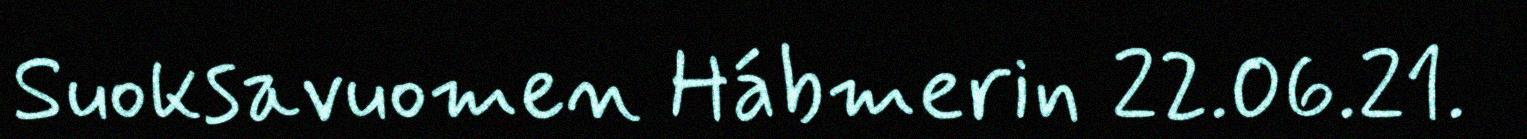
Suoksavuomen Hábmerin 22.06.21.